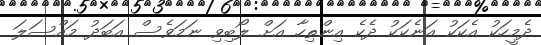
ދެމީހަކު އެކަކު އަނެކަކު ދެކެ އިންތިހާ އަށް ލޯބިވި ނަމަވެސް އަބަދު މައްސަލަ